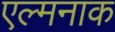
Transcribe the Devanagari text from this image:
एल्मनाक